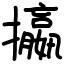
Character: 攍